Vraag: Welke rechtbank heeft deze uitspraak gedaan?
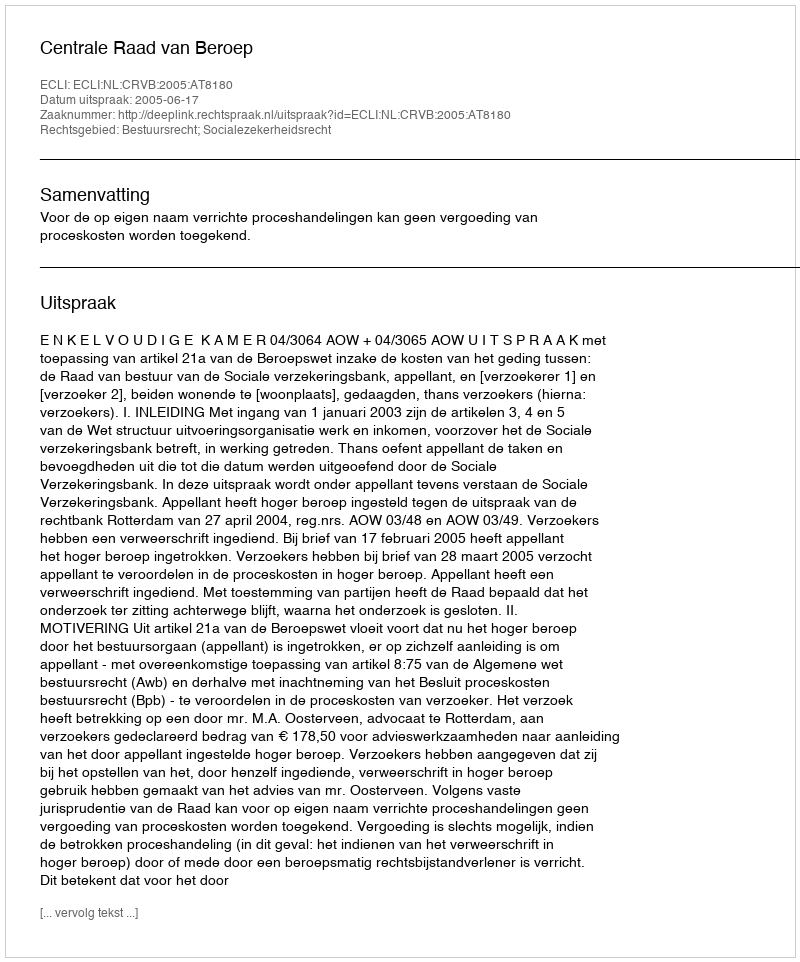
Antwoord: Centrale Raad van Beroep